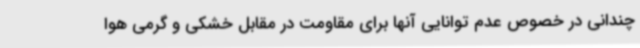
چندانی در خصوص عدم توانایی آنها برای مقاومت در مقابل خشکی و گرمی هوا